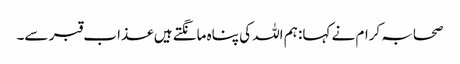
صحابہ کرام نے کہا: ہم اللہ کی پناہ مانگتے ہیں عذاب قبر سے۔